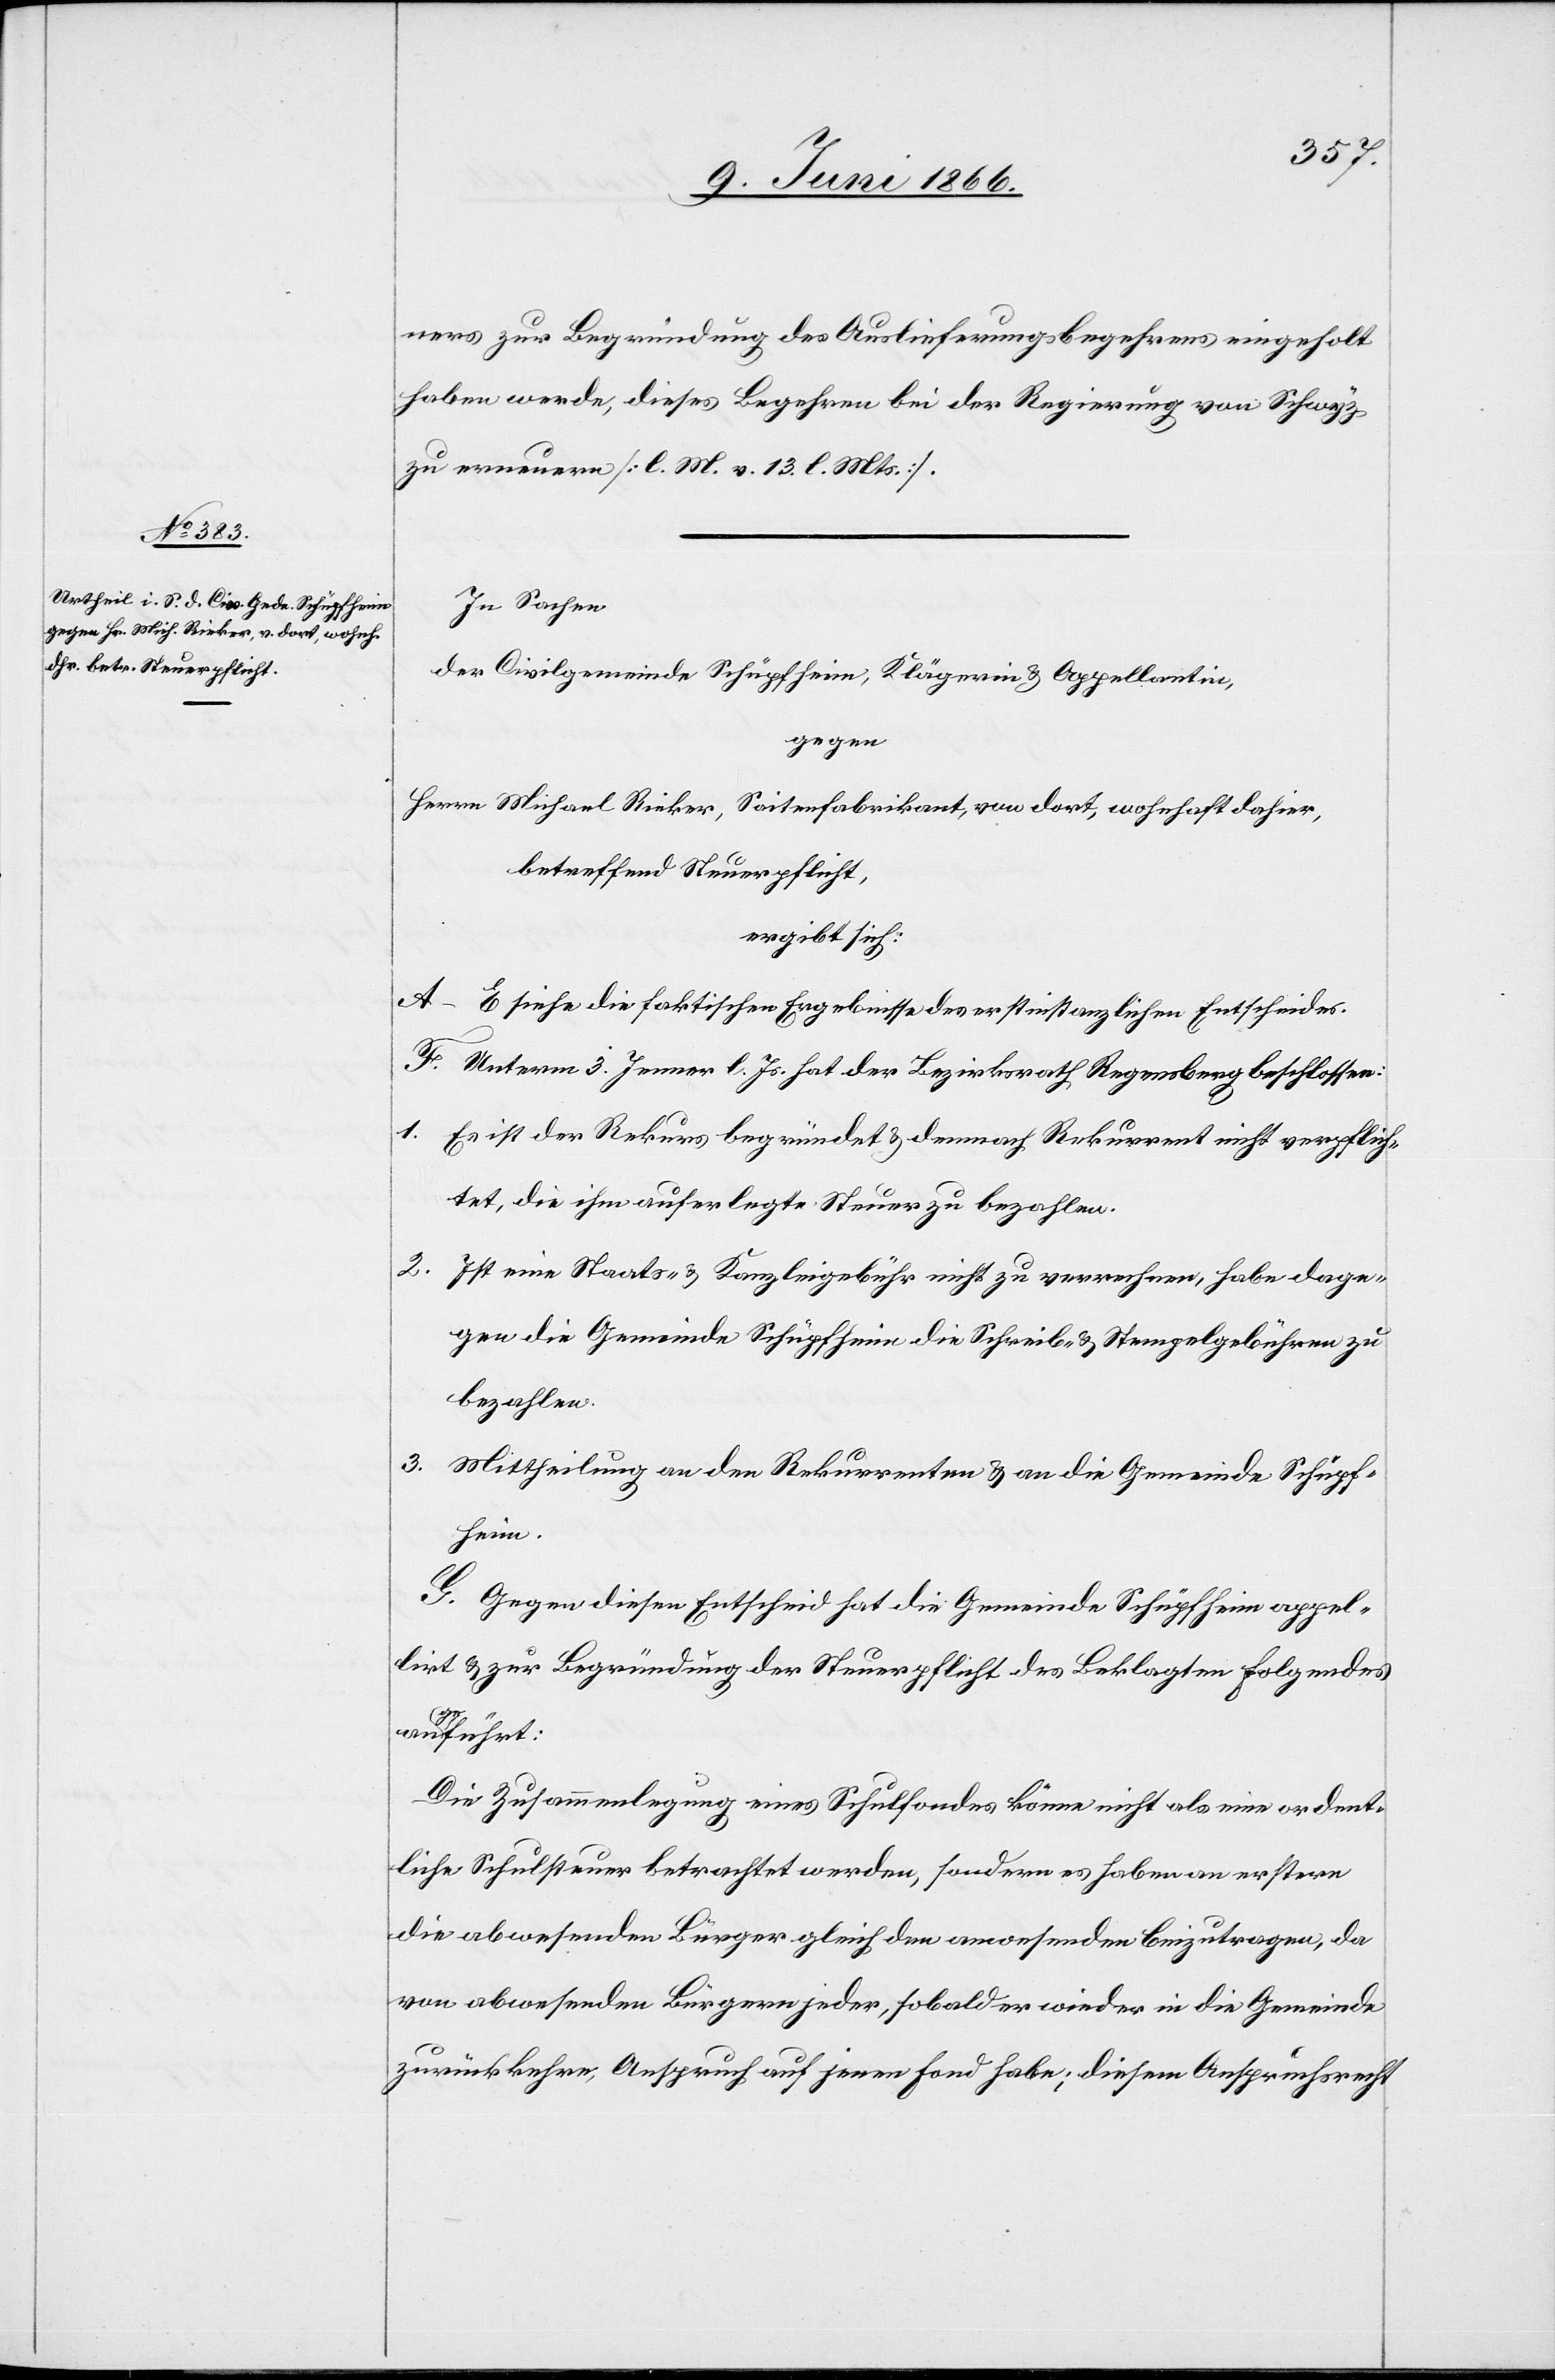
ners zur Begründung des Auslieferungsbegehrens eingeholt
haben werde, dieses Begehren bei der Regierung von Schwyz
zu erneuern [l. M. v. 13. l. Mts.].